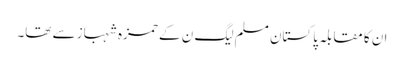
ان کا مقابلہ پاکستان مسلم لیگ ن کے حمزہ شہباز سے تھا۔